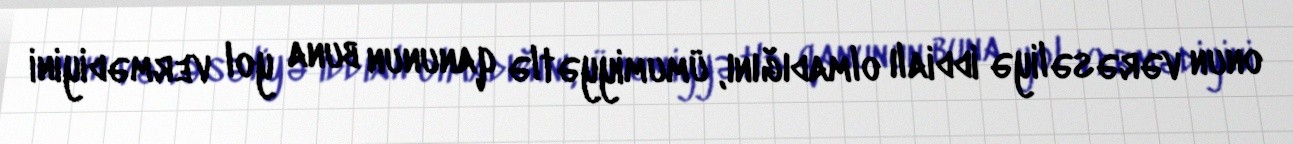
onun vərəsəliyə iddialı olmadığını, ümumiyyətlə qanunun buna yol vermədiyini